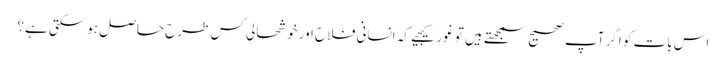
اس بات کو اگر آپ صحیح سمجھتے ہیں تو غور کیجیے کہ انسانی فلاح اور خوشحالی کس طرح حاصل ہوسکتی ہے؟